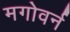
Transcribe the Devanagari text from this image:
मगोवर्न